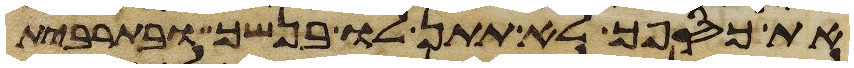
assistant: את כספך לא תתן לו בנשך ובתרבית